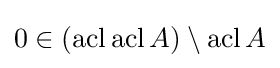
0\in (\operatorname {acl} \operatorname {acl} A)\setminus \operatorname {acl} A